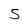
Character: 5